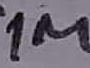
Text: 1M